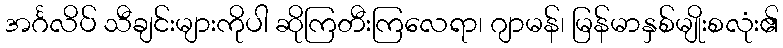
အင်္ဂလိပ် သီချင်းများကိုပါ ဆိုကြတီးကြလေရာ၊ ဂျာမန်၊ မြန်မာနှစ်မျိုးစလုံး၏